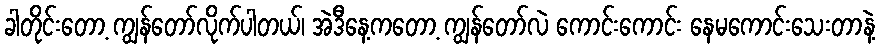
ခါတိုင်းတော့ ကျွန်တော်လိုက်ပါတယ်၊ အဲဒီနေ့ကတော့ ကျွန်တော်လဲ ကောင်းကောင်း နေမကောင်းသေးတာနဲ့